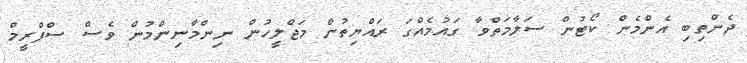
ދެންތިބި އެންމެން ކޯޓުން ސަލާމަތްވާ ގައުމެއްގަ ރައްޔިތުން މަޖްލީހުން ނިންމާނިންމުން ވެސް ސްޕްރީމް